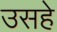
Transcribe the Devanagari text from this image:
उसहे